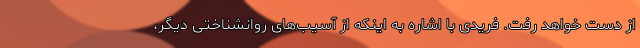
از دست خواهد رفت. فریدی با اشاره به اینکه از آسیب‌های روانشناختی دیگر،